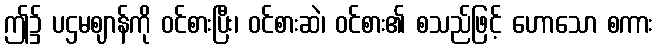
ဤ၌ ပဌမဈာန်ကို ဝင်စားပြီး၊ ဝင်စားဆဲ၊ ဝင်စား၏ စသည်ဖြင့် ဟောသော စကား